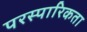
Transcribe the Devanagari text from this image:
परस्पारिकता